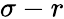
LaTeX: \sigma-r